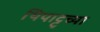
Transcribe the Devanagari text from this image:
थियाट्टूच्या